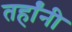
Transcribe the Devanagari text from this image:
तर्हांनी